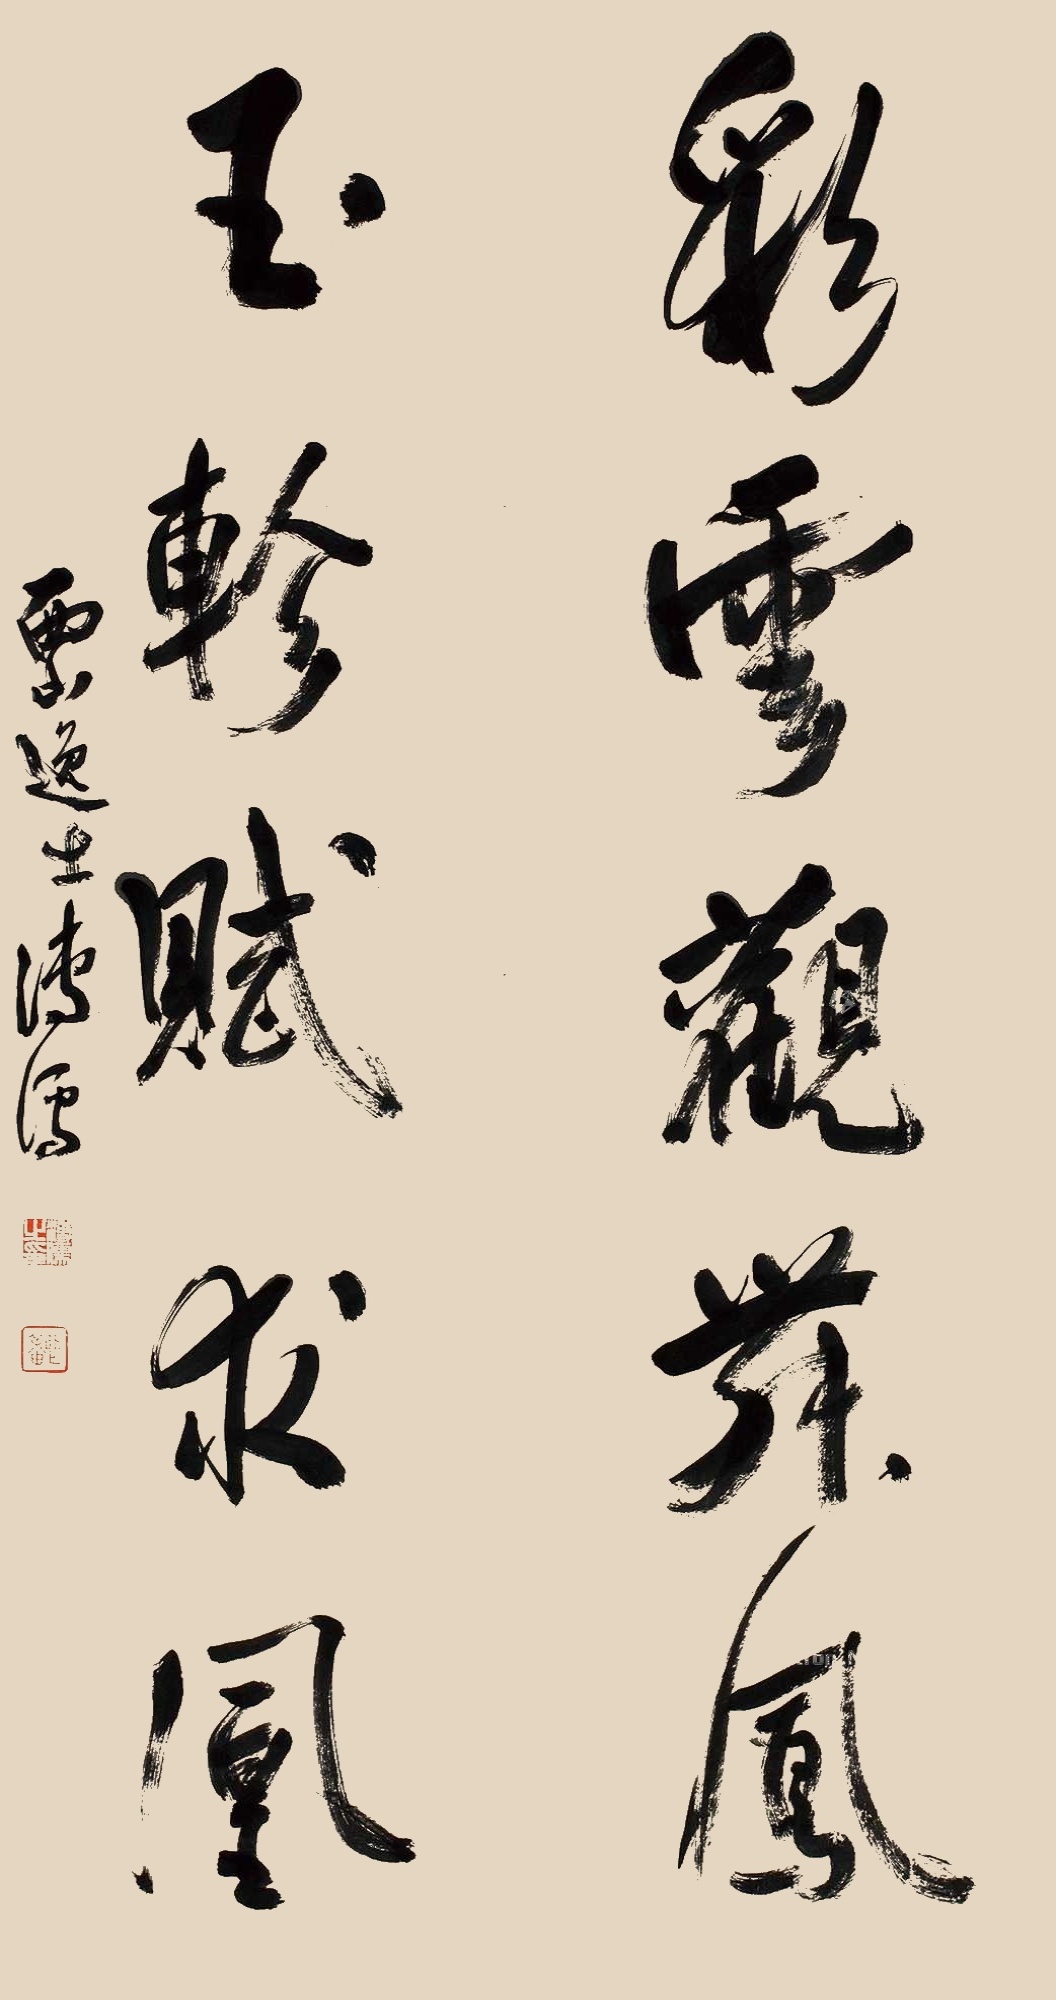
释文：彩云观舞凤；玉轸赋求凰。西山逸士溥儒。